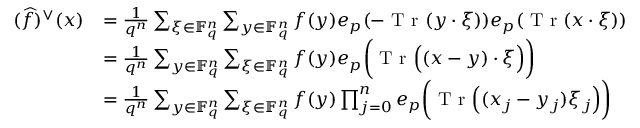
\begin{array} { r l } { ( \widehat f ) ^ { \vee } ( x ) } & { = \frac { 1 } { q ^ { n } } \sum _ { \xi \in \mathbb { F } _ { q } ^ { n } } \sum _ { y \in \mathbb { F } _ { q } ^ { n } } f ( y ) e _ { p } ( - \textup { T r } ( y \cdot \xi ) ) e _ { p } ( \textup { T r } ( x \cdot \xi ) ) } \\ & { = \frac { 1 } { q ^ { n } } \sum _ { y \in \mathbb { F } _ { q } ^ { n } } \sum _ { \xi \in \mathbb { F } _ { q } ^ { n } } f ( y ) e _ { p } \bigg ( \textup { T r } \Big ( ( x - y ) \cdot \xi \Big ) \bigg ) } \\ & { = \frac { 1 } { q ^ { n } } \sum _ { y \in \mathbb { F } _ { q } ^ { n } } \sum _ { \xi \in \mathbb { F } _ { q } ^ { n } } f ( y ) \prod _ { j = 0 } ^ { n } e _ { p } \bigg ( \textup { T r } \Big ( ( x _ { j } - y _ { j } ) \xi _ { j } \Big ) \bigg ) } \end{array}